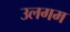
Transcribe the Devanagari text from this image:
उलगम